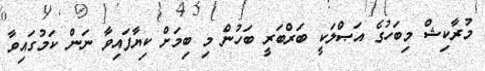
މުރާކިޝް މިބަހުގެ އަޞްލަކީ ބަރްބަރީ ބަހުން މި ބިމަށް ކިޔާފައިވާ ނަން ކަމުގައިވާ